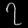
Digit: ၇